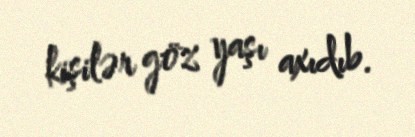
kişilər göz yaşı axıdıb.